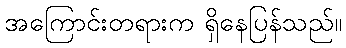
အကြောင်းတရားက ရှိနေပြန်သည်။